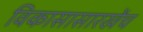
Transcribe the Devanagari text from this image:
विकासासारखेंच